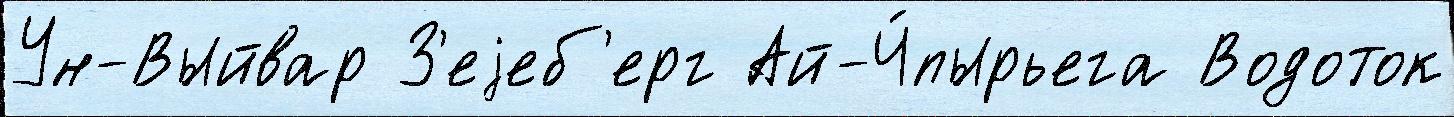
Ун-Выйвар З'еjеб'ерг Ай-Ч́пырьега Водоток